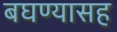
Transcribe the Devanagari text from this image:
बघण्यासह